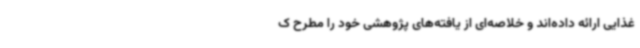
غذایی ارائه داده‌اند و خلاصه‌ای از یافته‌های پژوهشی خود را مطرح ک